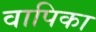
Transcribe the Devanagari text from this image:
वापिका